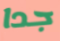
جدا